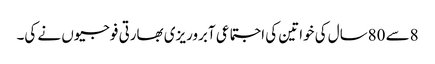
8سے 80سال کی خواتین کی اجتماعی آبروریزی بھارتی فوجیوں نے کی۔